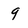
Character: 9